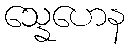
သ္နေဟေန